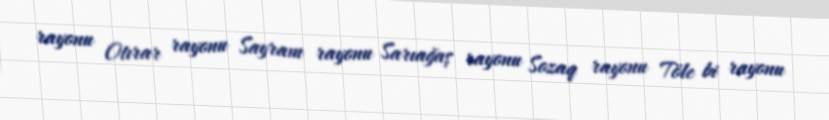
rayonu Otırar rayonu Sayram rayonu Sarıağaş rayonu Sozaq rayonu Töle bi rayonu